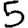
Digit: 5